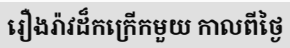
រឿងរ៉ាវដ៏កក្រើកមួយ កាលពីថ្ងៃ